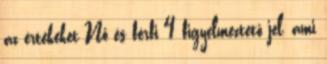
az értékeket Nő és férfi 4 figyelmeztető jel, ami